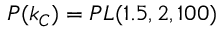
P ( k _ { C } ) = P L ( 1 . 5 , 2 , 1 0 0 )